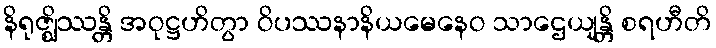
နိရုဇ္ဈိဿန္တိ အဝုဋ္ဌဟိတွာ ဝိပဿနာနိယမေနေဝ သာဌေယျန္တိ စရဟီတိ